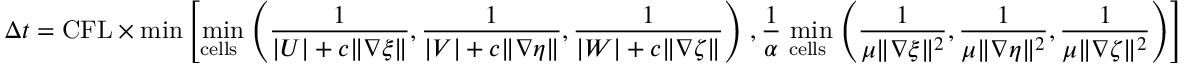
\Delta t = \mathrm { C F L } \times \operatorname* { m i n } \left[ \operatorname* { m i n } _ { \mathrm { c e l l s ~ } } \left( \frac { 1 } { | U | + c \| \nabla \xi \| } , \frac { 1 } { | V | + c \| \nabla \eta \| } , \frac { 1 } { | W | + c \| \nabla \zeta \| } \right) \right. , \frac { 1 } { \alpha } \left. \operatorname* { m i n } _ { \mathrm { c e l l s ~ } } \left( \frac { 1 } { \mu \| \nabla \xi \| ^ { 2 } } , \frac { 1 } { \mu \| \nabla \eta \| ^ { 2 } } , \frac { 1 } { \mu \| \nabla \zeta \| ^ { 2 } } \right) \right]